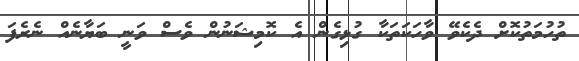
ތުހުމަތުކޮށް ދެކެވޭ ވާހަކަތަކާ ގުޅިގެން އެ ކޮމިޝަނުން ވެސް ވަނީ ބަޔާނެއް ނެރެފަ